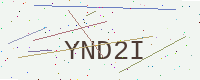
Text: YND2I